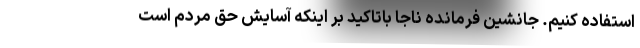
استفاده کنیم. جانشین فرمانده ناجا باتاکید بر اینکه آسایش حق مردم است‌